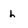
Character: h